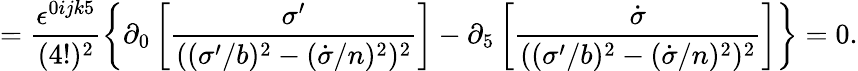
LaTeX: =\frac{\epsilon^{0ijk5}}{(4!)^{2}}\left\{ \partial_{0}\left[\frac{\sigma^{\prime}}{((\sigma^{\prime}/b)^{2}-(\dot{\sigma}/n)^{2})^{2}}\right]-\partial_{5}\left[\frac{\dot{\sigma}}{((\sigma^{\prime}/b)^{2}-(\dot{\sigma}/n)^{2})^{2}}\right]\right\} =0.